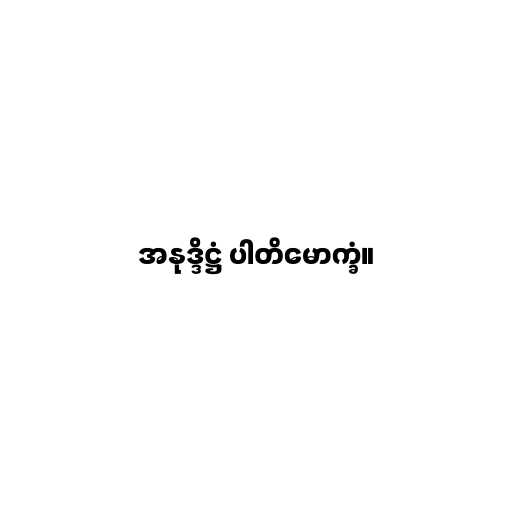
အနုဒ္ဒိဋ္ဌံ ပါတိမောက္ခံ။